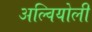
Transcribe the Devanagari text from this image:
अल्वियोली